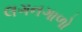
લગનગાળો